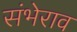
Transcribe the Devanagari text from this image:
संभेराव